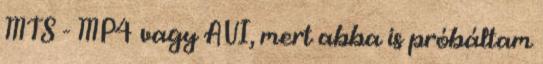
MTS - MP4 vagy AVI, mert abba is próbáltam